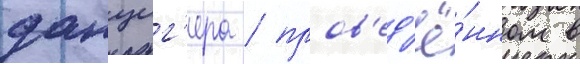
данциг'ера / пров'ед'ё́нном в